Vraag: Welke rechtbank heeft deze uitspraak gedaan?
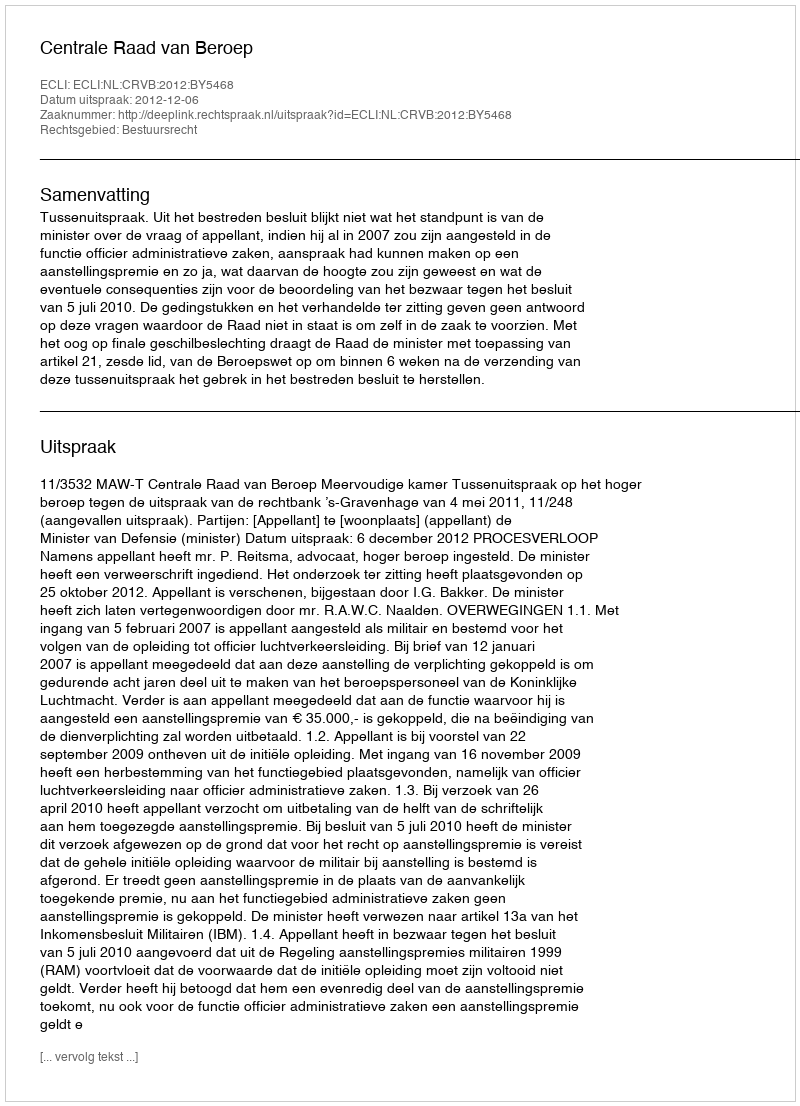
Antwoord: Centrale Raad van Beroep